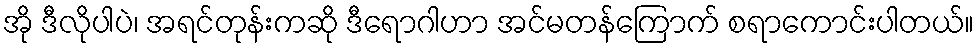
အို ဒီလိုပါပဲ၊ အရင်တုန်းကဆို ဒီရောဂါဟာ အင်မတန်ကြောက် စရာကောင်းပါတယ်။